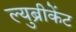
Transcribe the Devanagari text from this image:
ल्युब्रीकेंट